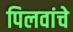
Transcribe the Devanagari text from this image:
पिलवांचे